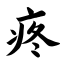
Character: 疼